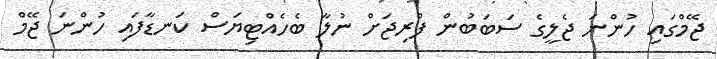
ޖޭމްގައި ހުންނަ ޖެލީގެ ސަބަބުން ފްރިޖަށް ނުލާ ބެހެއްޓިޔަސް ކަނޑާފައި ހުންނަ ޖޭމް